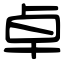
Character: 卓